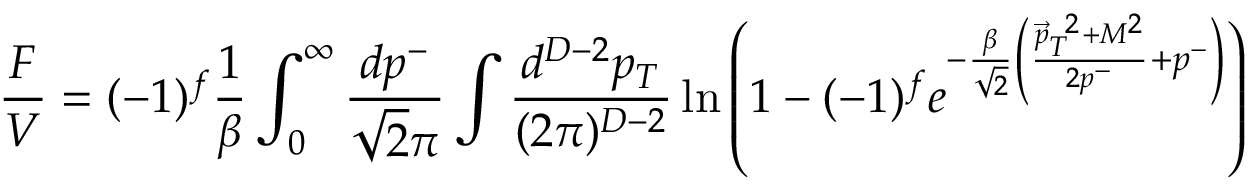
\frac { F } { V } = ( - 1 ) ^ { f } \frac { 1 } { \beta } \int _ { 0 } ^ { \infty } \frac { d p ^ { - } } { \sqrt { 2 } \pi } \int \frac { d ^ { D - 2 } p _ { T } } { ( 2 \pi ) ^ { D - 2 } } \ln \left( 1 - ( - 1 ) ^ { f } e ^ { - \frac { \beta } { \sqrt { 2 } } \left( \frac { { \vec { p } _ { T } } ^ { ~ 2 } + M ^ { 2 } } { 2 p ^ { - } } + p ^ { - } \right) } \right)